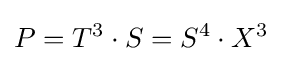
P=T^{3}\cdot S=S^{4}\cdot X^{3}